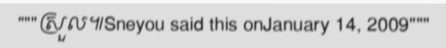
"""ស្រួល៕Sneyou said this onJanuary 14, 2009"""